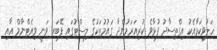
ހަލުވިކަމާއެކު އިގްތިސާދު ފުޅާވެ ކުރިއަރަމުންދާ ގައުމުތަކުގެ ލިސްޓުގައި ފޭބަރ ވަނީ ވިއެޓްނާމް އާއި